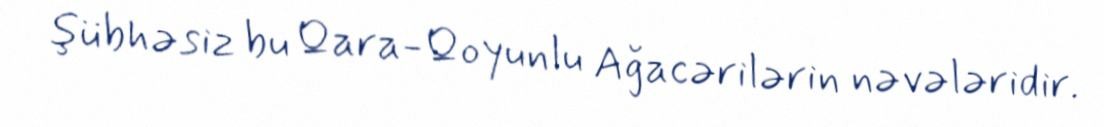
şübhəsiz bu Qara-Qoyunlu Ağacərilərin nəvələridir.